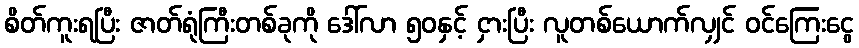
စိတ်ကူးရပြီး ဇာတ်ရုံကြီးတစ်ခုကို ဒေါ်လာ ၅၀နှင့် ငှားပြီး လူတစ်ယောက်လျှင် ဝင်ကြေးငွေ